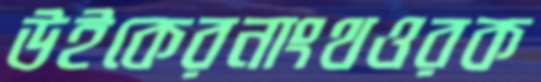
উইকেরনাংথওরক